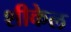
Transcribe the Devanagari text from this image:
शीकेल